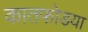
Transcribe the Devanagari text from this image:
कातफोडया